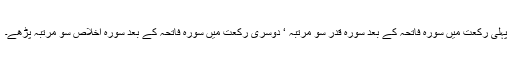
پہلی رکعت میں سورۂ فاتحہ کے بعد سورۂ قدر سو مرتبہ ‘ دوسری رکعت میں سورۂ فاتحہ کے بعد سورۂ اخلاص سو مرتبہ پڑھے۔